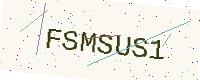
Text: FSMSUS1